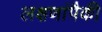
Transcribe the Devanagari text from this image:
लक्षणांपैकी